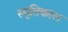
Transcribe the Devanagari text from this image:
स्मृतिकाल